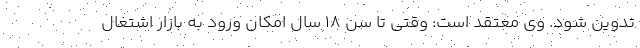
تدوین شود. وی معتقد است: وقتی تا سن ۱۸ سال امکان ورود به بازار اشتغال